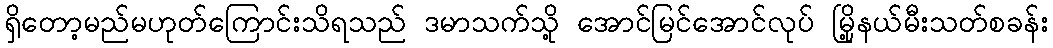
ရှိတော့မည်မဟုတ်ကြောင်းသိရသည် ဒမာသက်သို့ အောင်မြင်အောင်လုပ် မြို့နယ်မီးသတ်စခန်း